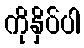
ကိုနှိပ်ပါ